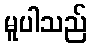
မူပါသည်